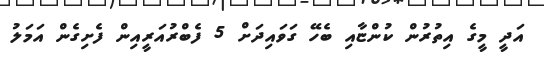
އަދީ މީގެ އިތުރުން ކުންޏާއި ބެހޭ ގަވައިދަށް 5 ފެބްރުއަރީއިން ފެށިގެން އަމަލު